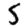
Digit: 5